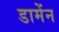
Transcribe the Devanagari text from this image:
डामेंन